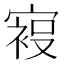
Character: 𰍙